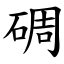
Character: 碉